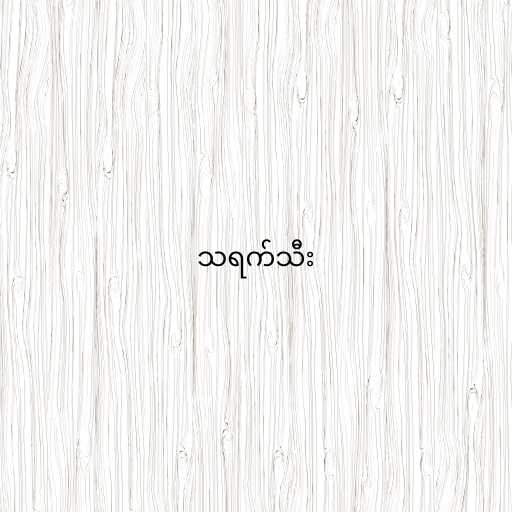
သရက်သီး